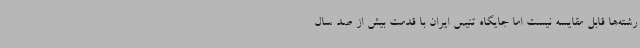
رشته‌ها قابل مقایسه نیست اما جایگاه تنیس ایران با قدمت بیش از صد سال